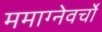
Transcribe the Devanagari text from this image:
ममाग्नेवर्चो